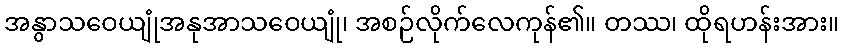
အနွာသဝေယျုံအနုအာသဝေယျုံ၊ အစဉ်လိုက်လေကုန်၏။ တဿ၊ ထိုရဟန်းအား။